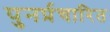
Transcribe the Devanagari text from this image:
पुनर्प्रचारित